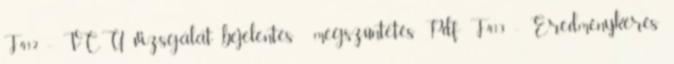
F412 - VCU vizsgálat bejelentés megszüntetés Pdf F413 - Eredménykérés